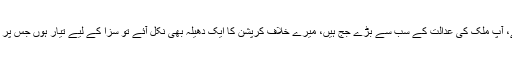
شہباز شریف نے کہا کہ جو بھی فیصلہ کریں گے مجھے قبول ہے، آپ ملک کی عدالت کے سب سے بڑے جج ہیں، میرے خلاف کرپشن کا ایک دھیلہ بھی نکل آئے تو سزا کے لیے تیار ہوں جس پر چیف جسٹس نے کہا کہ آپ اپنی ذات کو کیوں بار بار لے آتے ہیں۔